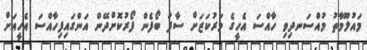
މައުލޫމާތު މުއްސަނދިވި ހާއްސަ އެހީގެ މަރުކަޒަށް ސާފު ބޯފެން ފޯރުކޮށްދޭން އަންގައިފިހާއްސަ އެހީއަށް